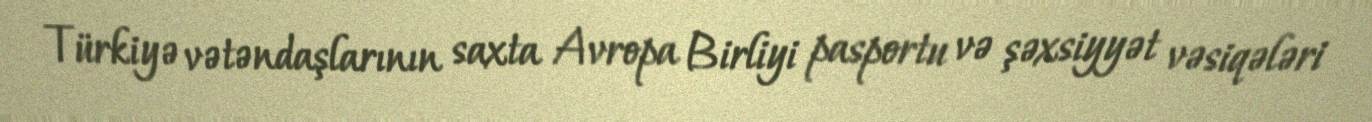
Türkiyə vətəndaşlarının saxta Avropa Birliyi pasportu və şəxsiyyət vəsiqələri